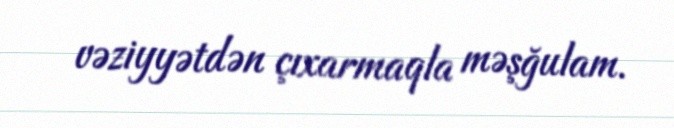
vəziyyətdən çıxarmaqla məşğulam.